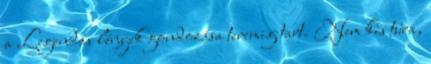
a Legendás lények gondozása teremig tart. Nem kis túra,